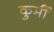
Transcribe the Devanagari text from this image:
कुर्मीै